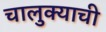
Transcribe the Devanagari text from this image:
चालुक्याची